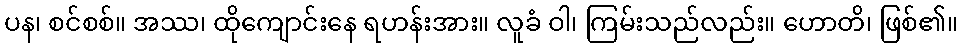
ပန၊ စင်စစ်။ အဿ၊ ထိုကျောင်းနေ ရဟန်းအား။ လူခံ ဝါ၊ ကြမ်းသည်လည်း။ ဟောတိ၊ ဖြစ်၏။